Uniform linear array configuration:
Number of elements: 16
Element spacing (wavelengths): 1
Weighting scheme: blackman
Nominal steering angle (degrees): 45
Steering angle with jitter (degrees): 46.433
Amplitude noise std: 0.05
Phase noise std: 0.05

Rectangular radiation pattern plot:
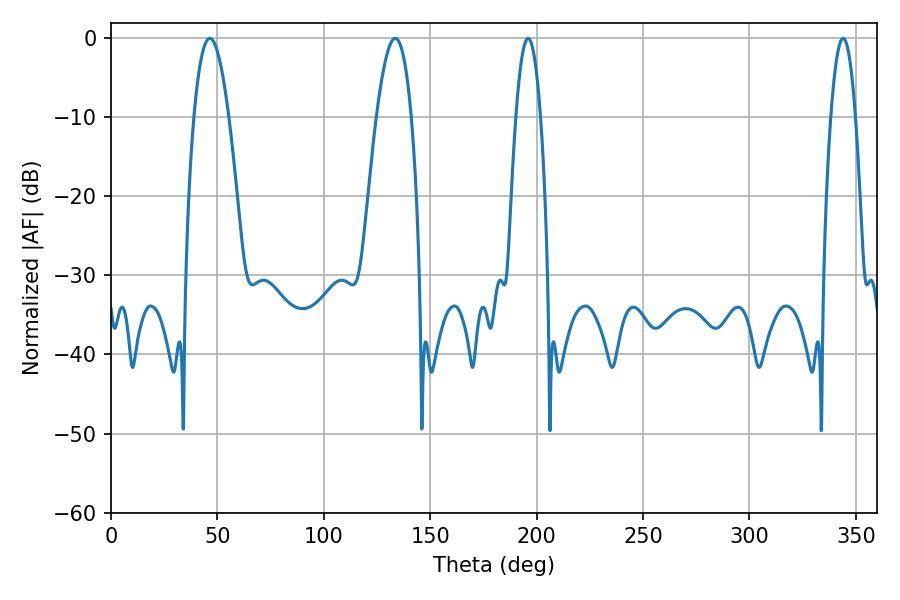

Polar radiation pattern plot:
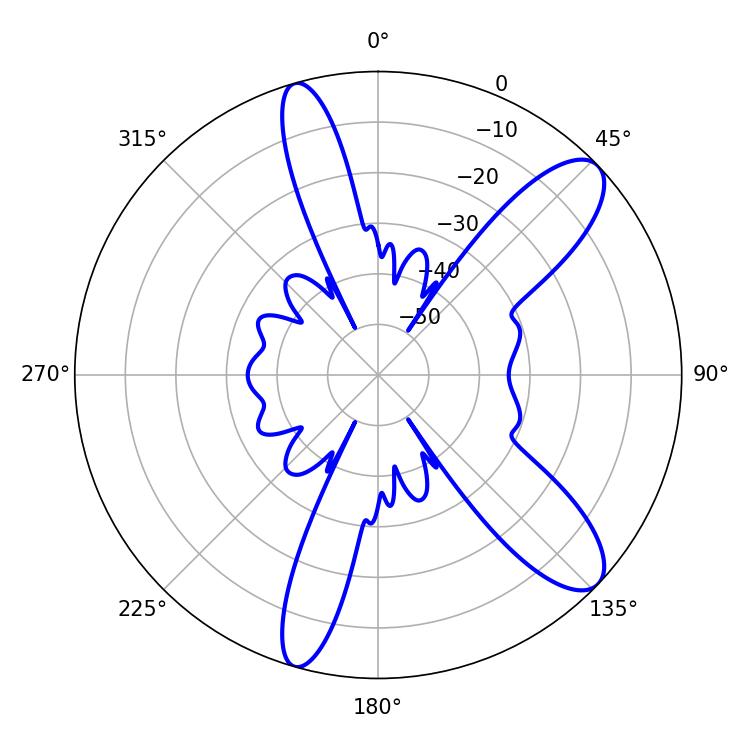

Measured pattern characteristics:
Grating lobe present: TRUE
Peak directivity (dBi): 10.448
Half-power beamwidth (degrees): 9
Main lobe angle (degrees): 46.44